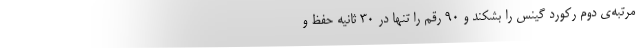
مرتبه‌ی دوم رکورد گینس را بشکند و ۹۰ رقم را تنها در ۳۰ ثانیه حفظ و